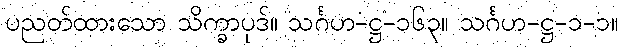
ပညတ်ထားသော သိက္ခာပုဒ်။ သင်္ဂဟ-ဋ္ဌ-၁၆၃။ သင်္ဂဟ-ဋ္ဌ-၁-၁။